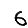
Digit: 6